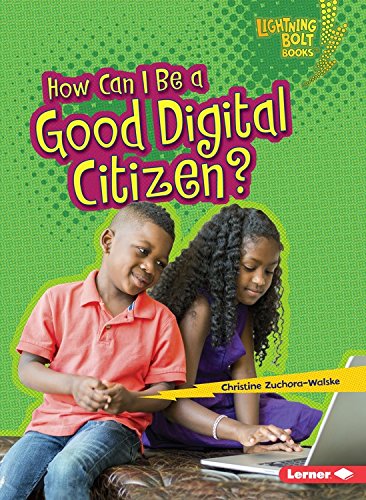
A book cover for How Can I Be a Good Digital Citizen? (Lightning Bolt Books - Our Digital World); Christine Zuchora-Walske; Children's Books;